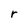
Character: r